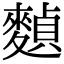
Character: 𪍕